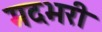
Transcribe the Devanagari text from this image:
मदभरी